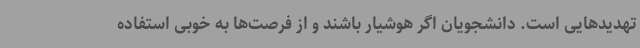
تهدیدهایی است. دانشجویان اگر هوشیار باشند و از فرصت‌ها به خوبی استفاده